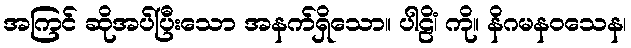
အကြင် ဆိုအပ်ပြီးသော အနက်ရှိသော။ ပါဠိံ၊ ကို။ နိဂမနဝသေန၊